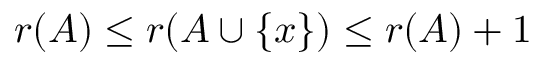
r ( A ) \leq r ( A \cup \{ x \} ) \leq r ( A ) + 1